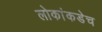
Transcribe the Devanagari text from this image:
लोकांकडेच